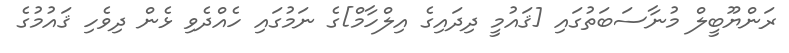
ރަންޔޫބީލް މުނާސަބަތުގައި [ޤައުމީ ދިދައިގެ އިލްހާމް]ގެ ނަމުގައި ހެއްދެވި ޅެން ދިވެހި ޤައުމުގެ